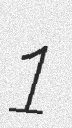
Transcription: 1